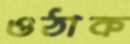
ওঠাক